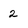
Character: 2